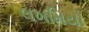
લખમિયો